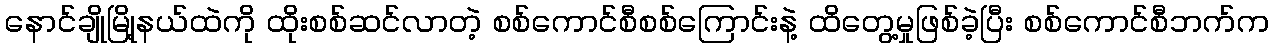
နောင်ချိုမြို့နယ်ထဲကို ထိုးစစ်ဆင်လာတဲ့ စစ်ကောင်စီစစ်ကြောင်းနဲ့ ထိတွေ့မှုဖြစ်ခဲ့ပြီး စစ်ကောင်စီဘက်က